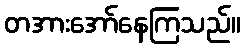
တအားအော်နေကြသည်။